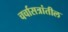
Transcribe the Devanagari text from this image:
चर्चासत्रांतील